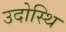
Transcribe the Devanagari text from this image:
उदोस्थि